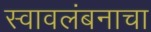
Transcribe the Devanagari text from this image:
स्वावलंबनाचा